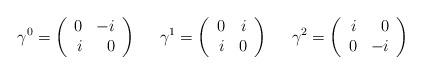
LaTeX: \begin{align*}\gamma^0 = \left( \begin{array}{rr} 0 & -i \\ i & 0 \end{array} \right)\; \; \; \; \;\gamma^1 = \left( \begin{array}{rr} 0 & i \\ i & 0 \end{array} \right)\; \; \; \; \;\gamma^2 = \left( \begin{array}{rr} i & 0 \\ 0 & -i \end{array} \right)\end{align*}